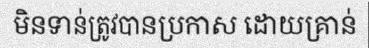
មិនទាន់ត្រូវបានប្រកាស ដោយគ្រាន់